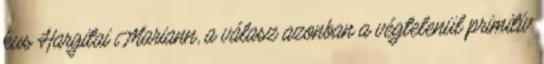
kus Hargitai Mariann, a válasz azonban a végtelenül primitív